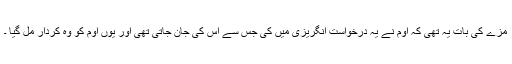
مزے کی بات یہ تھی کہ اوم نے یہ درخواست انگریزی میں کی جس سے اس کی جان جاتی تھی اور یوں اوم کو وہ کردار مل گیا ۔